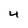
Character: 4